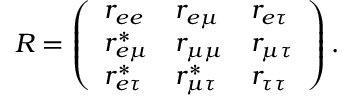
R = \left( \begin{array} { l l l } { { r _ { e e } } } & { { r _ { e \mu } } } & { { r _ { e \tau } } } \\ { { r _ { e \mu } ^ { * } } } & { { r _ { \mu \mu } } } & { { r _ { \mu \tau } } } \\ { { r _ { e \tau } ^ { * } } } & { { r _ { \mu \tau } ^ { * } } } & { { r _ { \tau \tau } } } \end{array} \right) .